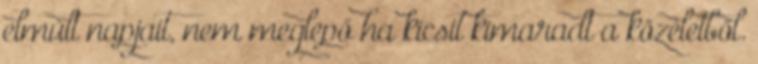
elmúlt napjait, nem meglepő ha kicsit kimaradt a közéletből.